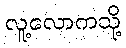
လူ့လောကသို့